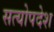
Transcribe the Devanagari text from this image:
सत्योपदेश